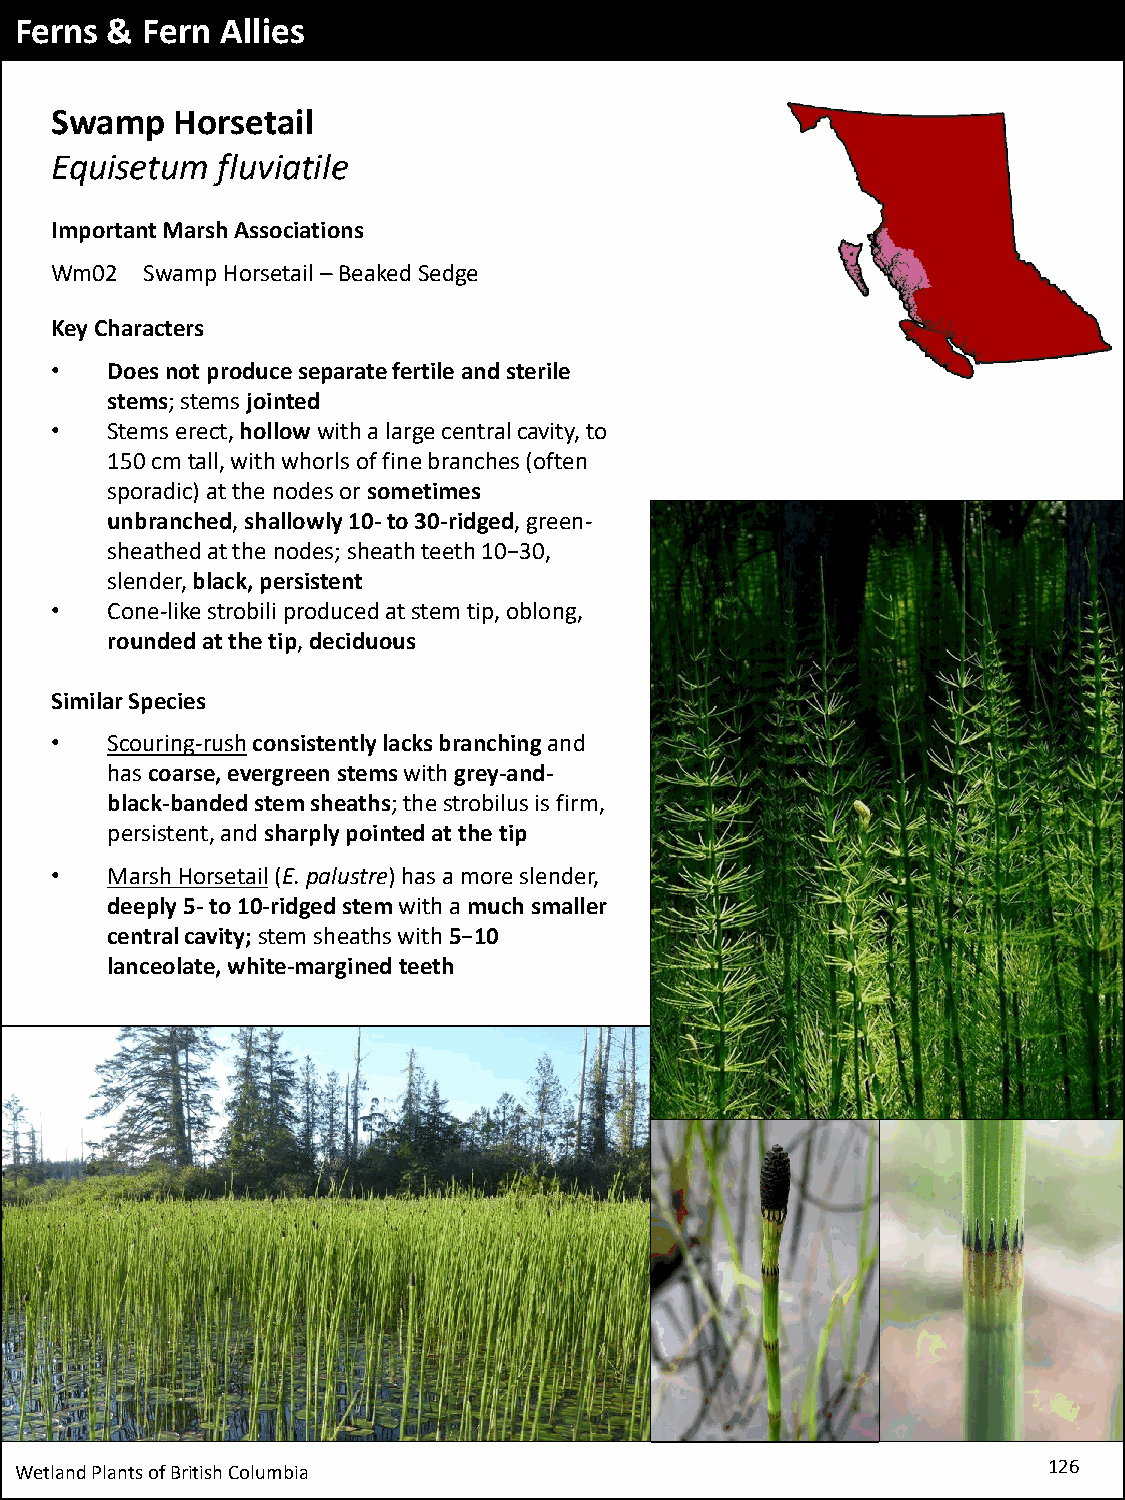
Ferns & Fern  Allies
 Swamp    Horsetail
 Equisetum  fluviatile
 Important Marsh Associations
 Wm02  Swamp Horsetail –Beaked Sedge
 Key Characters
 •   Does not produce separate fertile and sterile
 stems; stems jointed
 •   Stems erect, hollowwith a large central cavity, to
 150 cm tall, with whorls of fine branches (often
 sporadic) at the nodes or sometimes
 unbranched, shallowly 10-to 30-ridged, green-
 sheathed at the nodes; sheath teeth 10−30,
 slender, black, persistent
 •   Cone-like strobili produced at stem tip, oblong,
 rounded at the tip, deciduous
 Similar Species
 •   Scouring-rushconsistently lacks branching and
 has coarse, evergreen stems with grey-and-
 black-banded stem sheaths; the strobilus is firm,
 persistent, and sharply pointed at the tip
 •   Marsh Horsetail(E. palustre) has a more slender,
 deeply 5-to 10-ridged stem with amuch smaller
 central cavity; stem sheaths with 5−10
 lanceolate, white-margined teeth
 Wetland Plants of British Columbia                                  126